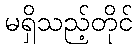
မရှိသည့်တိုင်